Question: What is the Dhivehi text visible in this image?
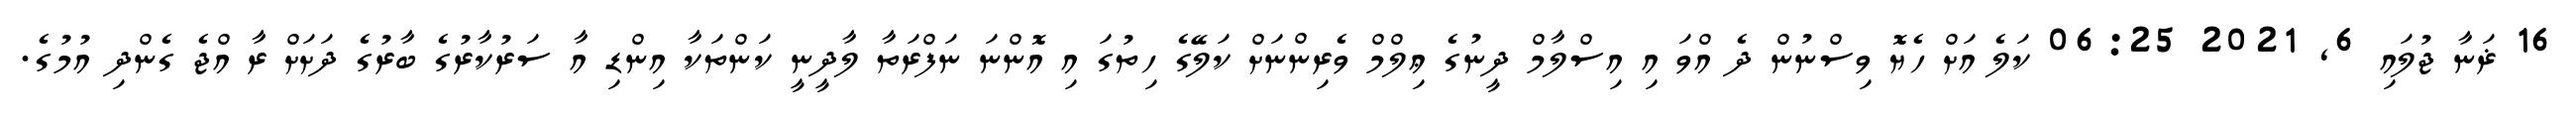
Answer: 16 ޜަނާ ޖުލައި 6, 2021 06:25 ކަލެ އަށް ހެޔޮ ވިސްނުން ދެ އްވަ އި އިސްލާމް ދީނުގެ ޢިލްމް ވެރިންނަށް ކަލޭގެ ހިތުގަ އި އޮންނަ ނަފްރަތާ ލާދީނީ ކަންތަކާ އިންޑި އާ ސަރުކާރުގެ ބާރުގެ ދަށަށް ރާ އްޖެ ގެންދި އުމުގެ.